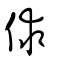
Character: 俅